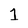
Character: 1